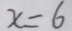
x = 6